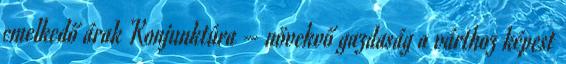
emelkedő árak Konjunktúra – növekvő gazdaság a várthoz képest